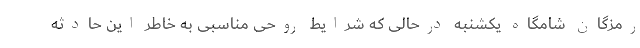
رمزگان شامگاه یکشنبه درحالی که شرایط روحی مناسبی به خاطر این حادثه